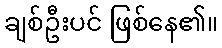
ချစ်ဦးပင် ဖြစ်နေ၏။